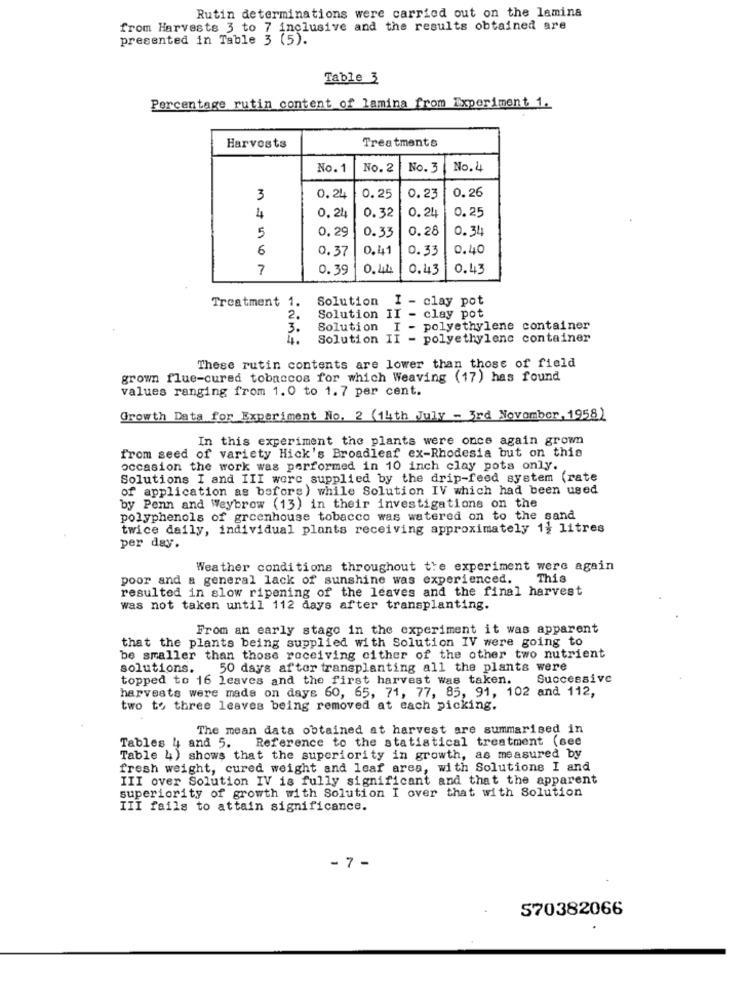
Rutin determinations were carried out on the lamina
from Harveste 3 to 7 inclusive and the results obtained are
presented in Table 3 (5).
Table 3
Percentage rutin content of lamina from Experiment 1.
Treatments
Harvests
No. 1
No. 2
No.3
No. 4
0.26
3
0.24
0.25
0.23
0.32
0.25
4
0.24
0.24
0.29
0.33
0.28
0.34
5
6
0.37
0.41
0.33
0.40
7
0.39
0.42
0.43
0.43
Treatment
Solution I - clay pot
2.
Solution II - clay pot
3.
Solution I - polyethylene container
Solution II - polyethylenc container
These rutin contents are lower than those of field
grown flue-cured tobaccos for which Weaving (17) has found
values ranging from 1.0 to 1.7 per cent.
Growth Data for Experiment No. 2 (14th July - 3rd November, 1958)
In this experiment the plants were once again grown
from seed of variety Hick's Broadleaf ex-Rhodesia but on this
occasion the work was performed in 10 inch clay pots only.
Solutions I and III were supplied by the drip-feed system (rate
of application as before) while Solution IV which had been used
by Penn and Weybrow (13) in their investigations on the
polyphenols of greenhouse tobacco was watered on to the sand
twice daily, individual plants receiving approximately 1} litres
per day.
Weather conditions throughout the experiment were again
poor and a general lack of sunshine was experienced.
This
resulted in slow ripening of the leaves and the final harvest
was not taken until 112 days after transplanting.
From an early stage in the experiment it was apparent
that the plants being supplied with Solution IV were going to
be smaller than those receiving cither of the other two nutrient
solutions.
50 days after transplanting all the plants were
topped to 16 leaves and the first harvest was taken.
Successive
harvests were made on days 60, 65, 71, 77, 85, 91, 102 and 112,
two to three leaves being removed at each picking.
The mean data obtained at harvest are summarised in
Tables 4 and 5. Reference to the statistical treatment (see
Table 4) shows that the superiority in growth, as measured by
fresh weight, cured weight and leaf ares, with Solutions I and
III over Solution IV is fully significant and that the apparent
superiority of growth with Solution I over that with Solution
III fails to attain significance.
- 7 -
570382066